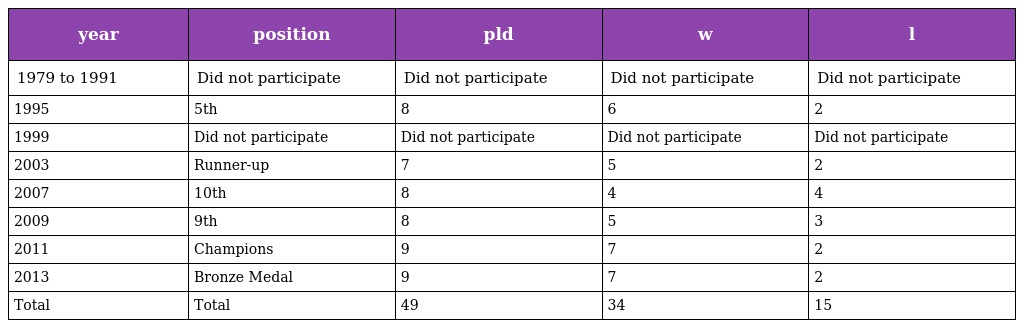
| year | position | pld | w | l |
 | --- | --- | --- | --- | --- |
 | 1979 to 1991 | Did not participate | Did not participate | Did not participate | Did not participate |
 | 1995 | 5th | 8 | 6 | 2 |
 | 1999 | Did not participate | Did not participate | Did not participate | Did not participate |
 | 2003 | Runner-up | 7 | 5 | 2 |
 | 2007 | 10th | 8 | 4 | 4 |
 | 2009 | 9th | 8 | 5 | 3 |
 | 2011 | Champions | 9 | 7 | 2 |
 | 2013 | Bronze Medal | 9 | 7 | 2 |
 | Total | Total | 49 | 34 | 15 |